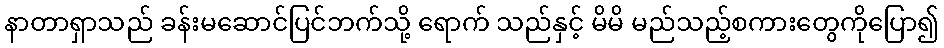
နာတာရှာသည် ခန်းမဆောင်ပြင်ဘက်သို့ ရောက် သည်နှင့် မိမိ မည်သည့်စကားတွေကိုပြော၍